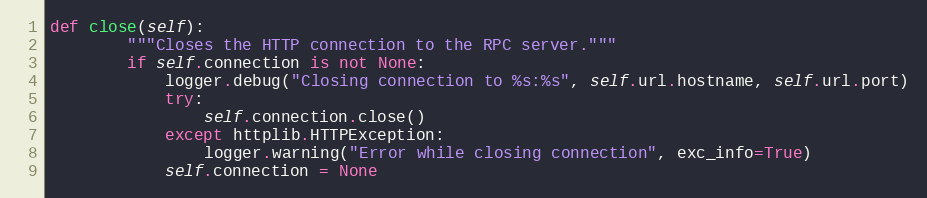
Language: Python
def close(self):
        """Closes the HTTP connection to the RPC server."""
        if self.connection is not None:
            logger.debug("Closing connection to %s:%s", self.url.hostname, self.url.port)
            try:
                self.connection.close()
            except httplib.HTTPException:
                logger.warning("Error while closing connection", exc_info=True)
            self.connection = None